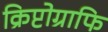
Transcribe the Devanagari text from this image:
क्रिप्टोग्राफि